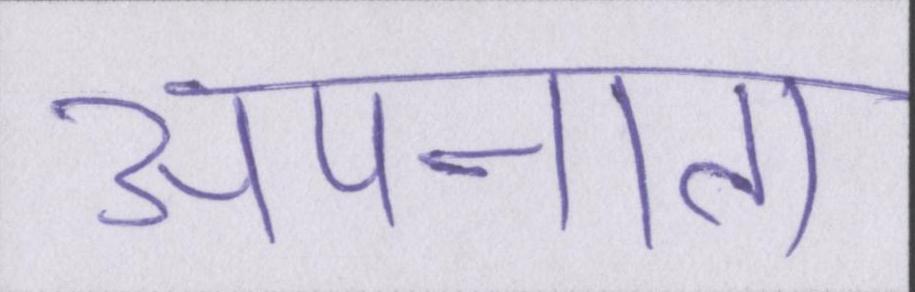
अपनाता